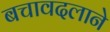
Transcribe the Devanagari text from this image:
बचावदलाने